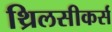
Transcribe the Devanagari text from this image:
थ्रिलसीकर्स